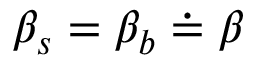
\beta _ { s } = \beta _ { b } \doteq \beta